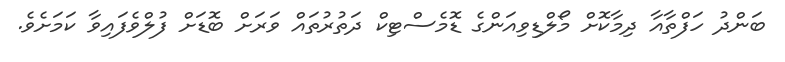
ބަންދު ހަފްތާއާ ދިމާކޮށް މޯލްޑިވިއަންގެ ޑޮމެސްޓިކް ދަތުރުތައް ވަރަށް ބޮޑަށް ފުލްވެފައިވާ ކަމަށެވެ.